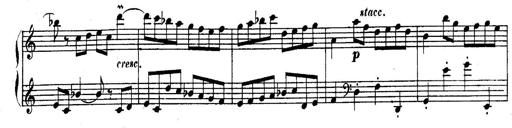
Title: Sonatina for Piano
Composer: BÃ©la BartÃ³k